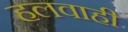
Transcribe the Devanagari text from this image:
हलवाही